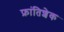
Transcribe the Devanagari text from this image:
फ्रांतिशेक